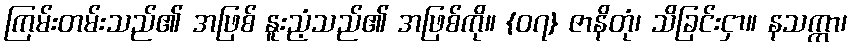
ကြမ်းတမ်းသည်၏ အဖြစ် နူးညံ့သည်၏ အဖြစ်ကို။ {၀၇} ဇာနိတုံ၊ သိခြင်းငှာ။ နသက္ကာ၊